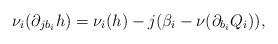
LaTeX: \begin{align*}\nu_i(\partial_{jb_i}h)=\nu_i(h)-j(\beta_i-\nu(\partial_{b_i}Q_i)),\end{align*}